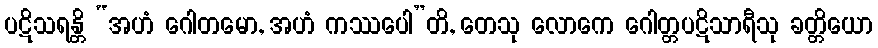
ပဋိသရန္တိ “အဟံ ဂေါတမော, အဟံ ကဿပေါ”တိ, တေသု လောကေ ဂေါတ္တပဋိသာရီသု ခတ္တိယော